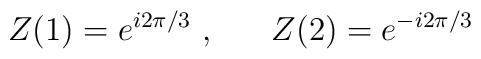
Z(1) = e^{i2\pi /3} \ , \ \ \ \ \ Z(2) = e^{-i2\pi /3}